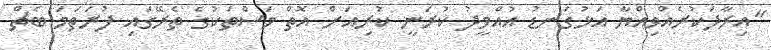
"އިރާދަކުރެއްވިއްޔާ އަޅުގަނޑު އުއްމީދު ކުރަނީ ކުރިއަށް އޮތް މަސްތަކުގެ ތެރޭގައި ފުރަތަމަ ބެޗް